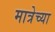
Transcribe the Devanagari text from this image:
मात्रेच्या